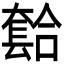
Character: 𫯾